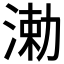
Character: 𬈆